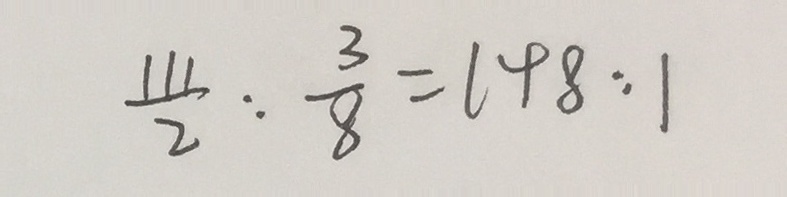
\frac { 1 1 1 } { 2 } : \frac { 3 } { 8 } = 1 4 8 : 1